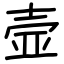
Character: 壸